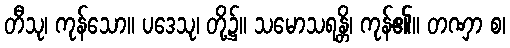
တီသု၊ ကုန်သော။ ပဒေသု၊ တို့၌။ သမောသရန္တိ၊ ကုန်၏။ တဏှာ စ၊